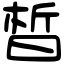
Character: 晳